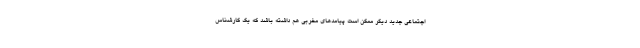
اجتماعی جدید دیگر ممکن است پیامدهای مخربی هم داشته باشد که یک کارشناس